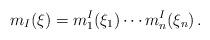
LaTeX: \begin{align*} m_I(\xi)= m_1^I(\xi_1)\cdots m_n^I(\xi_n) \,.\end{align*}